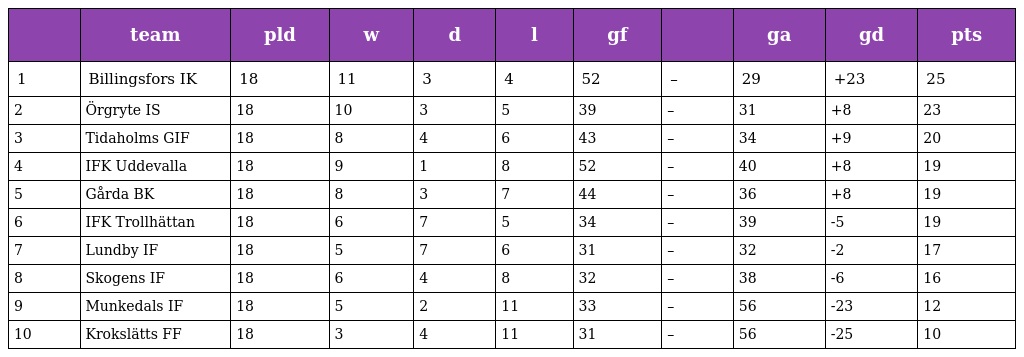
|  | team | pld | w | d | l | gf |  | ga | gd | pts |
 | --- | --- | --- | --- | --- | --- | --- | --- | --- | --- | --- |
 | 1 | Billingsfors IK | 18 | 11 | 3 | 4 | 52 | – | 29 | +23 | 25 |
 | 2 | Örgryte IS | 18 | 10 | 3 | 5 | 39 | – | 31 | +8 | 23 |
 | 3 | Tidaholms GIF | 18 | 8 | 4 | 6 | 43 | – | 34 | +9 | 20 |
 | 4 | IFK Uddevalla | 18 | 9 | 1 | 8 | 52 | – | 40 | +8 | 19 |
 | 5 | Gårda BK | 18 | 8 | 3 | 7 | 44 | – | 36 | +8 | 19 |
 | 6 | IFK Trollhättan | 18 | 6 | 7 | 5 | 34 | – | 39 | -5 | 19 |
 | 7 | Lundby IF | 18 | 5 | 7 | 6 | 31 | – | 32 | -2 | 17 |
 | 8 | Skogens IF | 18 | 6 | 4 | 8 | 32 | – | 38 | -6 | 16 |
 | 9 | Munkedals IF | 18 | 5 | 2 | 11 | 33 | – | 56 | -23 | 12 |
 | 10 | Krokslätts FF | 18 | 3 | 4 | 11 | 31 | – | 56 | -25 | 10 |